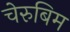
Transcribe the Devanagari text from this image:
चेरुबिम